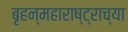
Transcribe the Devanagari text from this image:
बृहन्महाराष्ट्राच्या